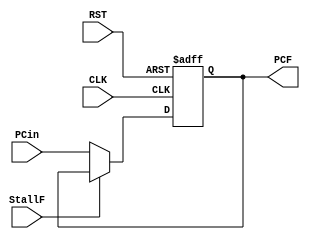
module PCunit
(
    input   wire                CLK, 
    input   wire                RST, 
    input   wire                StallF, 
    input   wire    [31:0]      PCin,
    output  reg     [31:0]      PCF
);

always @(posedge CLK, negedge RST) 
begin
    if (!RST) 
    begin
        PCF <= 0;
    end
    else if (!StallF)
    begin
        PCF <= PCin;
    end
end

endmodule